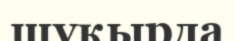
шұқырда